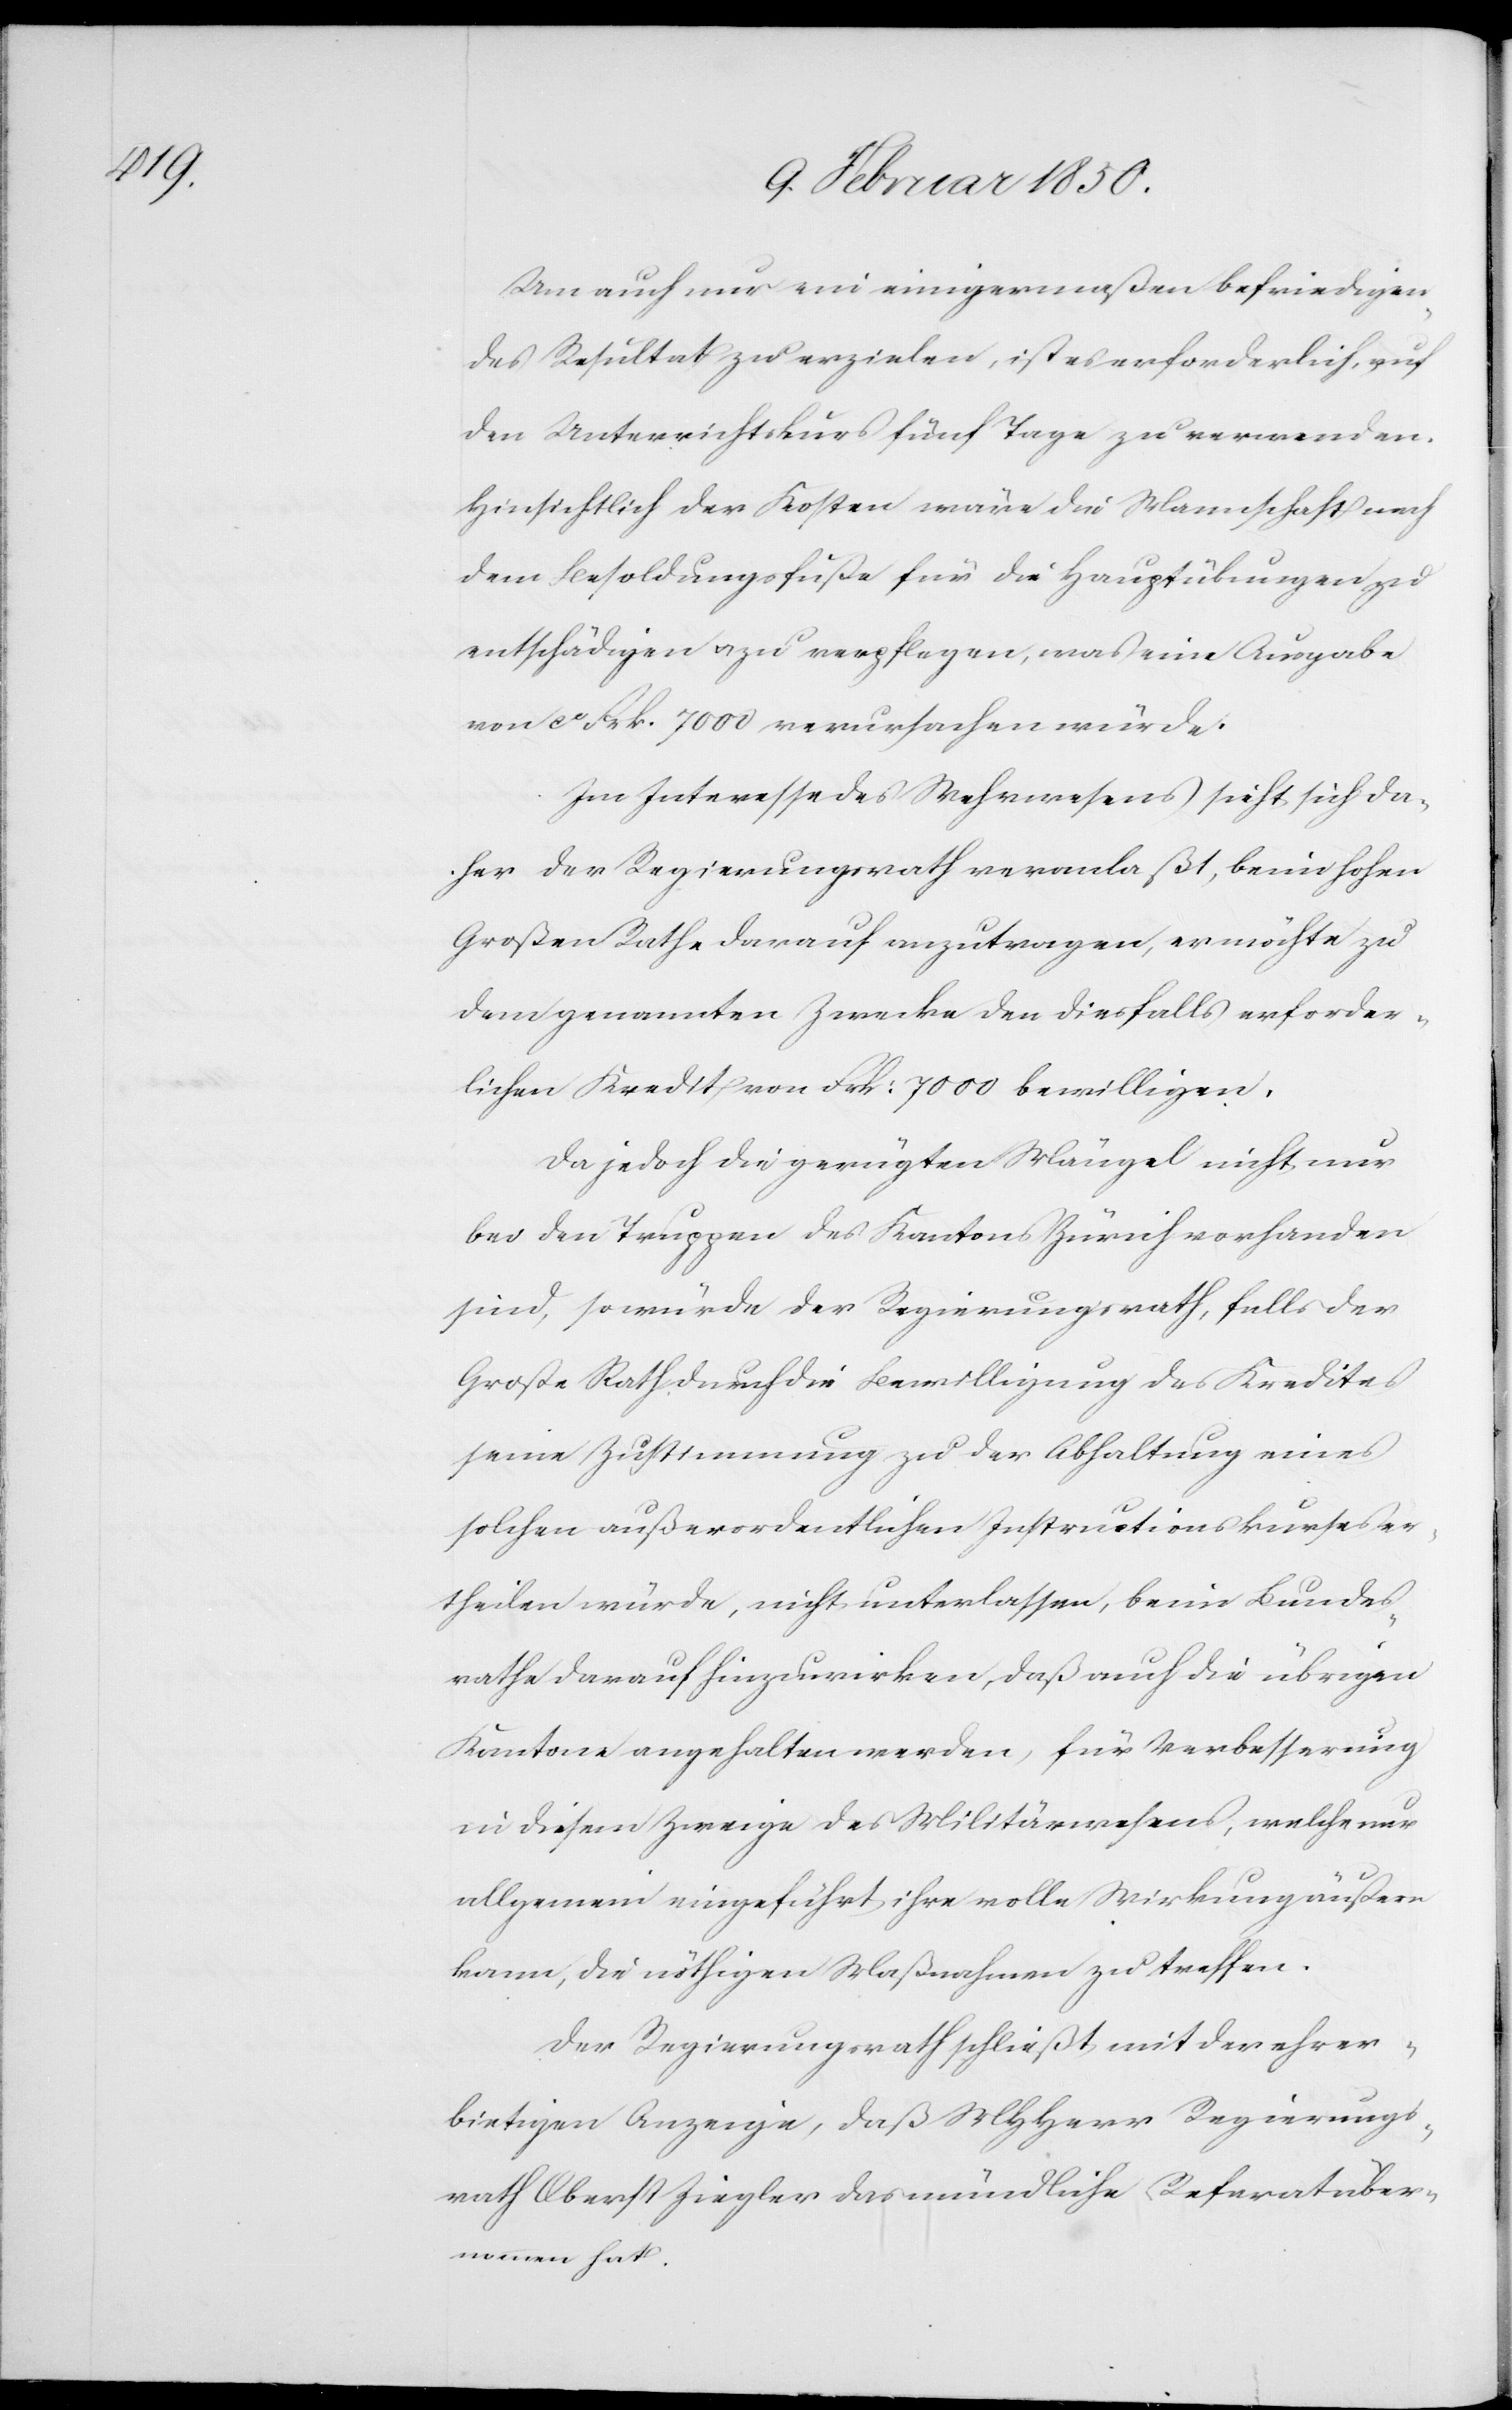
Um auch nur ein einigermaßen befriedigen¬
des Resultat zu erzielen, ist es erforderlich, auf
den Unterrichtskurs fünf Tage zu verwenden.
Hinsichtlich der Kosten wäre die Mannschaft nach
dem Besoldungsfuße für die Hauptübungen zu
entschädigen u. zu verpflegen, was eine Ausgabe
von ca Frk. 7000 verursachen würde.
Im Interesse des Wehrwesens sieht sich da¬
her der Regierungsrath veranlaßt, beim hohen
Großen Rathe darauf anzutragen, er möchte zu
dem genannte Zwecke den diesfalls erforder¬
lichen Kredit von Frk: 7000 bewilligen,
Da jedoch die gerügten Mängel nicht nur
bei den Truppen des Kantons Zürich vorhanden
sind, so würde der Regierungsrath, falls der
Großer Rath durch die Bewilligung des Kredites
seine Zustimmung zu der Abhaltung eines
solchen außerordentlichen Instructionskurses er¬
theilen würde, nicht unterlassen, beim Bundes¬
rathe darauf hinzuwirken, daß auch die übrigen
Kantone angehalten werden, für Verbesserung
in diesem Zweige des Militärwesens, welche nur
allgemein eingeführt ihre volle Wirkung äußern
kann, die nöthigen Maßnahmen zu treffen.
Der Regierungsrath schließt mit der ehrer¬
bietigen Anzeige, daß MHHerr Regierungs¬
rath Oberst Ziegler das mündliche Referat über¬
nommen hat.